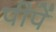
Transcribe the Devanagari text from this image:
पीपें